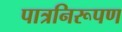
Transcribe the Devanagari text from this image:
पात्रनिरूपण